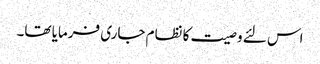
اس لئے وصیت کا نظام جاری فرمایا تھا۔